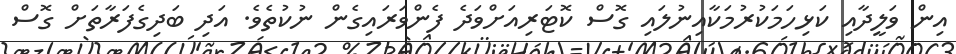
އިން ވަލީދާއި ކަޅިހަމަކުރުމަކާއިނުލައި ގޮސް ކޮޓަރިއަށްވަދެ ފެންވަރައިގެން ނުކުުތެވެ. އަދި ބަދިގެފަރާާތަށް ގޮސް